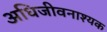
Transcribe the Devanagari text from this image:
अधिजीवनाश्यक